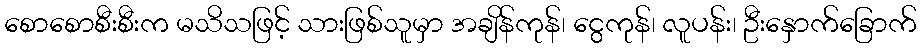
စောစောစီးစီးက မသိသဖြင့် သားဖြစ်သူမှာ အချိန်ကုန်၊ ငွေကုန်၊ လူပန်း၊ ဦးနှောက်ခြောက်